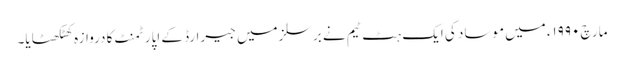
مارچ ۱۹۹۰ء میں موساد کی ایک ہٹ ٹیم نے برسلز میں جیرارڈ کے اپارٹمنٹ کا دروازہ کھٹکھٹایا۔